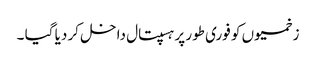
زخمیوں کو فوری طور پر ہسپتال داخل کر دیا گیا ۔